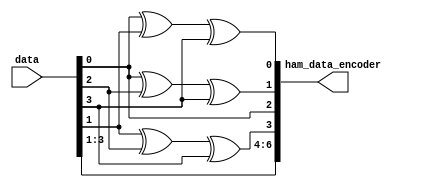
`timescale 1ns / 1ps

module hamming_encoder(
    input [3:0]data,
    output [6:0] ham_data_encoder
    );
    
    assign ham_data_encoder[0]=data[0]^data[1]^data[3]; // P1= 1 xor 3 xor 5 xor 7
    
    assign ham_data_encoder[1]=data[0]^data[2]^data[3]; // P2= 2 xor 3 xor 6 xor 7
    
    assign ham_data_encoder[2]=data[0];
    
    assign ham_data_encoder[3]=data[1]^data[2]^data[3]; // P3= 4 xor 5 xor 6 xor 7
    
    assign ham_data_encoder[4]=data[1];
    
    assign ham_data_encoder[5]=data[2];
    
    assign ham_data_encoder[6]=data[3];
    
endmodule